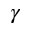
\gamma